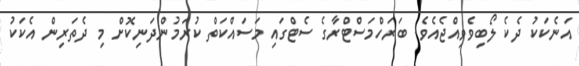
އަނެކަކު ދެކެ ލޯބިވެވިއްޖެއެވެ. ބަރަހްމަސްޓްރާގެ ސެޓްގައި މަސައްކަތް ކުރަމުންދަނިކޮށް މި ދެތަރިން އެކަކު